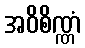
အဝိစိဏ္ဏံ